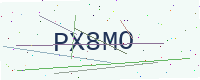
Text: PX8MO